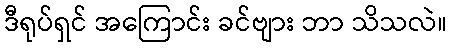
ဒီရုပ်ရှင် အကြောင်း ခင်ဗျား ဘာ သိသလဲ။